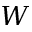
W